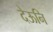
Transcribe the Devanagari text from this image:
देऊनि